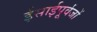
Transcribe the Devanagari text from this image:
ईसाईपूर्वजों